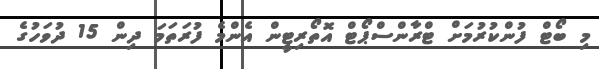
މި ބޯޓް ފުންކުރުމަށް ޓްރާންސްޕޯޓް އޮތޯރިޓީން އެންމެ ފުރަތަމަ ދިން 15 ދުވަހުގެ